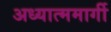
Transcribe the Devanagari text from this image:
अध्यात्ममार्गी